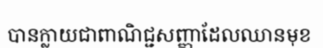
បានក្លាយជាពាណិជ្ជសញ្ញាដែលឈានមុខ